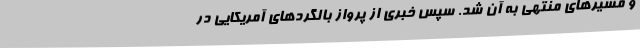
و مسیر‌های منتهی به آن شد. سپس خبری از پرواز بالگرد‌های آمریکایی در